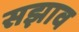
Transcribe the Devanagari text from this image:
सझाव